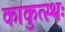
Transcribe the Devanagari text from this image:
काकुत्स्थः